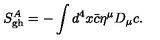
S _ { \mathrm { g h } } ^ { A } = - \int d ^ { 4 } x { \bar { c } } \eta ^ { \mu } D _ { \mu } c .